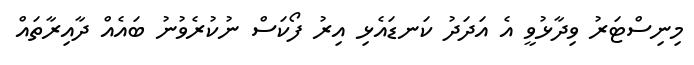
މިނިސްޓަރު ވިދާޅުވީ އެ އަދަދު ކަނޑައެޅި އިރު ފޯކަސް ނުކުރެވުނު ބައެއް ދާއިރާތައް